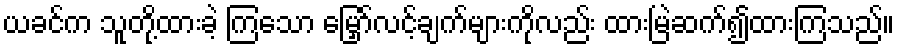
ယခင်က သူတို့ထားခဲ့ ကြသော မြှော်လင့်ချက်များကိုလည်း ထားမြဲဆက်၍ထားကြသည်။